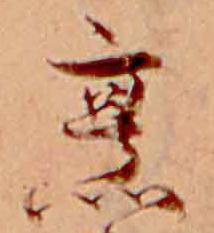
烹